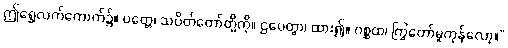
ဤရွှေလက်ကောက်၌။ ပတ္တေ၊ သပိတ်တော်တို့ကို။ ဌပေတွာ၊ ထား၍။ ဂစ္ဆထ၊ ကြွတော်မူကုန်လော့။”